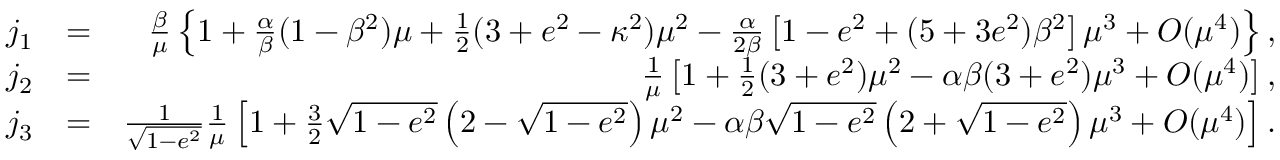
\begin{array} { r l r } { j _ { 1 } } & { = } & { \frac { \beta } { \mu } \left\{ 1 + \frac { \alpha } { \beta } ( 1 - \beta ^ { 2 } ) \mu + \frac { 1 } { 2 } ( 3 + e ^ { 2 } - \kappa ^ { 2 } ) \mu ^ { 2 } - \frac { \alpha } { 2 \beta } \left[ 1 - e ^ { 2 } + ( 5 + 3 e ^ { 2 } ) \beta ^ { 2 } \right] \mu ^ { 3 } + { \cal O } ( \mu ^ { 4 } ) \right\} , } \\ { j _ { 2 } } & { = } & { \frac { 1 } { \mu } \left[ 1 + \frac { 1 } { 2 } ( 3 + e ^ { 2 } ) \mu ^ { 2 } - \alpha \beta ( 3 + e ^ { 2 } ) \mu ^ { 3 } + { \cal O } ( \mu ^ { 4 } ) \right] , } \\ { j _ { 3 } } & { = } & { \frac { 1 } { \sqrt { 1 - e ^ { 2 } } } \frac { 1 } { \mu } \left[ 1 + \frac { 3 } { 2 } \sqrt { 1 - e ^ { 2 } } \left( 2 - \sqrt { 1 - e ^ { 2 } } \right) \mu ^ { 2 } - \alpha \beta \sqrt { 1 - e ^ { 2 } } \left( 2 + \sqrt { 1 - e ^ { 2 } } \right) \mu ^ { 3 } + { \cal O } ( \mu ^ { 4 } ) \right] . } \end{array}